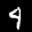
Label: 4